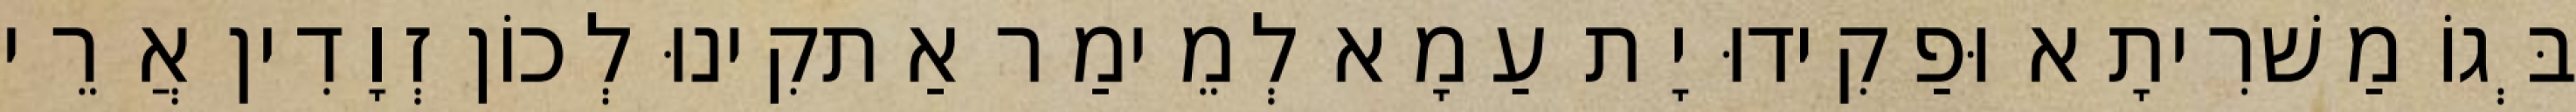
בְּגוֹ מַשׁרִיתָא וּפַקִידוּ יָת עַמָא לְמֵימַר אַתקִינוּ לְכוֹן זְוָדִין אֲרֵי